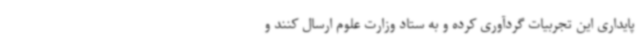
پایداری این تجربیات گردآوری کرده و به ستاد وزارت علوم ارسال کنند و